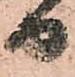
日